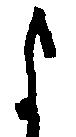
よ